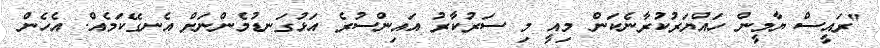
"ރައީސް ޔާމީން ހައްޔަރުކުރާނެކަން މިއީ މި ސަރުކާރު އައިންސުރެ އަޅުގަނޑުމެންނަށް އެނގޭކަމެއް. އެހެން